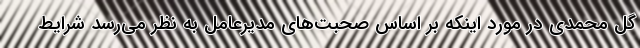
گل محمدی در مورد اینکه بر اساس صحبت‌های مدیرعامل به نظر می‌رسد شرایط